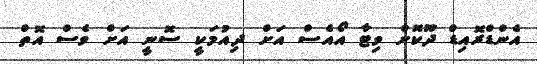
އެންޑްރޮއިޑް ދޫކޮށް ވިޓާ އޯއެސް އަށް ދިއުމަކީ ސޮނީ އަށް ވެސް އޮތް